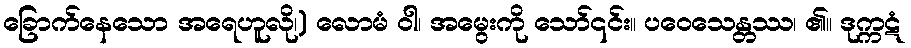
ခြောက်နေသော အရေဟူလို၊) လောမံ ဝါ၊ အမွေးကို သော်၎င်း။ ပဝေသေန္တဿ၊ ၏။ ဒုက္ကဋံ